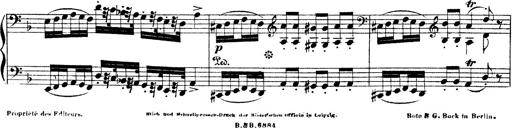
Title: Illustrations de l'opÃ©ra L'Africaine
Composer: Franz Liszt